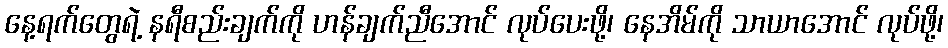
နေ့ရက်တွေရဲ့ နရီစည်းချက်ကို ဟန်ချက်ညီအောင် လုပ်ပေးဖို့၊ နေအိမ်ကို သာယာအောင် လုပ်ဖို့၊